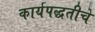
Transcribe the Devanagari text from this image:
कार्यपद्धतीचे